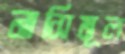
নাসিমূল